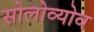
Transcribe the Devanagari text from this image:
सोलोव्योव